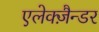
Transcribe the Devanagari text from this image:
एलेक्ज़ैन्डर